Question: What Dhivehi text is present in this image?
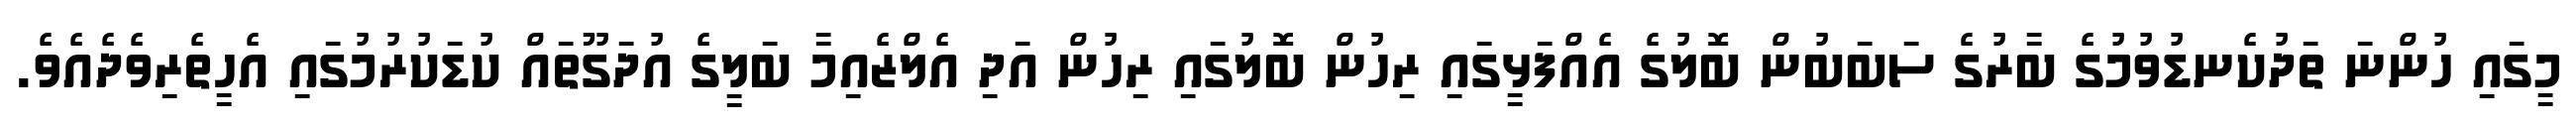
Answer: މީގައި ހުންނަ ތަދުކެނޑުވުމުގެ ބާރުގެ ސަބަބުން ބޮލުގެ އެއްފަޅީގައި ރިހުން ބޮލުގައި ރިހުން އަދި އެލްޒެއިމާ ބަލީގެ އުދަގޫތައް ކުޑަކުރުމުގައި އެހީތެރިވެދެއެވެ.